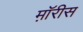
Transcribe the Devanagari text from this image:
म़ॉरीस